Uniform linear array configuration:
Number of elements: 8
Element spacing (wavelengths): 0.25
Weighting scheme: hamming
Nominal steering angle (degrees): -30
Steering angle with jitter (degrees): -29.286
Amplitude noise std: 0.05
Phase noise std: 0.05

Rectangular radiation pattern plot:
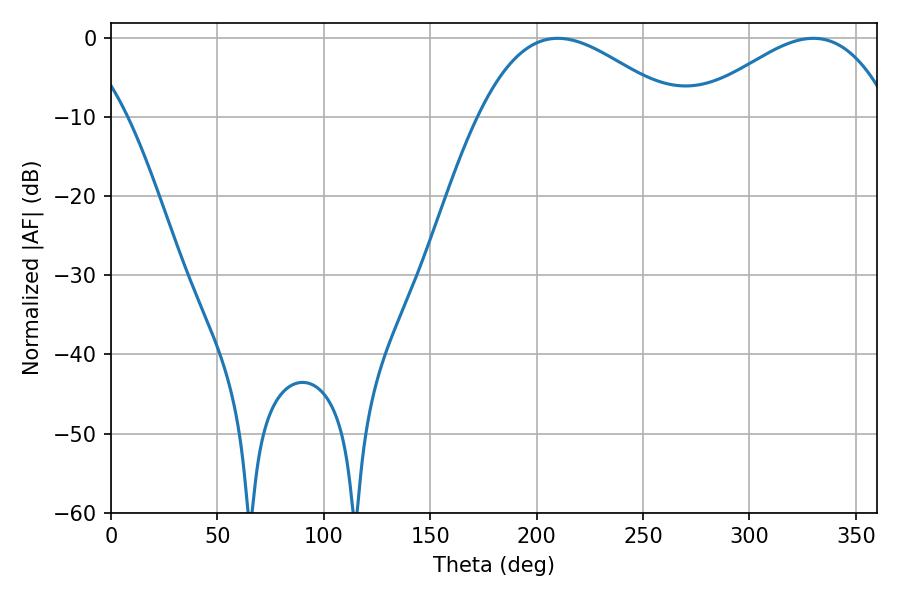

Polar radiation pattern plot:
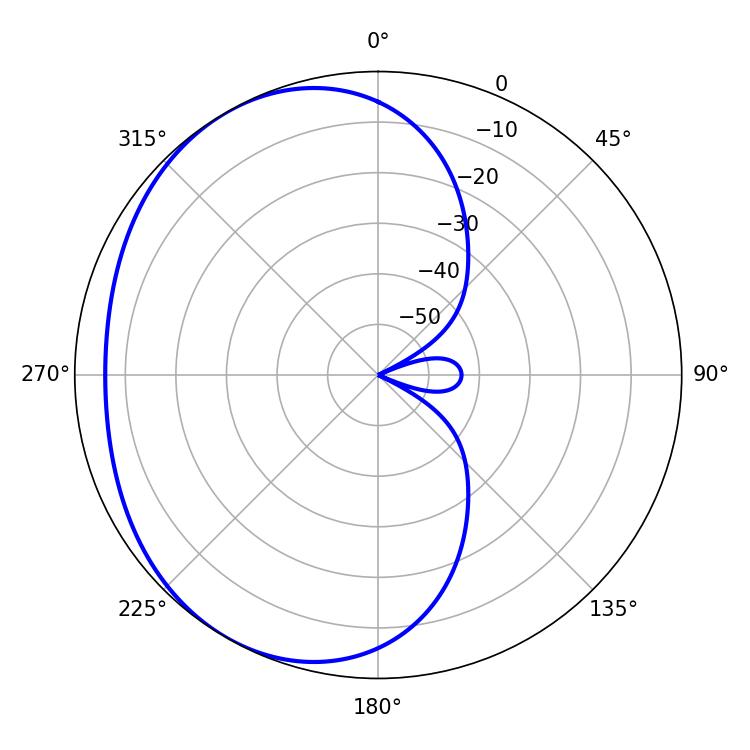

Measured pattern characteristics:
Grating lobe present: FALSE
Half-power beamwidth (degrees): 50.58
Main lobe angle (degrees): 330.12